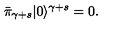
\bar { \pi } _ { \gamma + s } | 0 \rangle ^ { \gamma + s } = 0 .